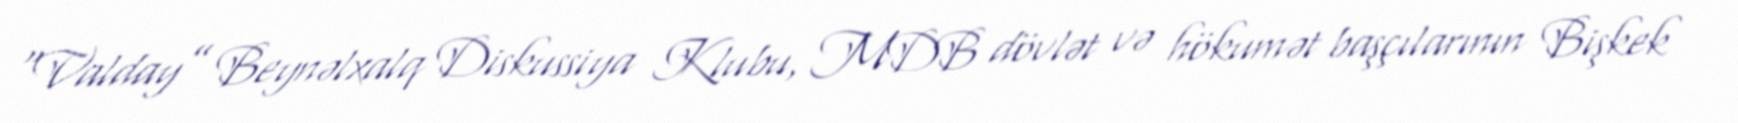
“Valday” Beynəlxalq Diskussiya Klubu, MDB dövlət və hökumət başçılarının Bişkek